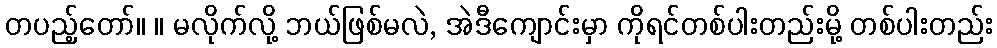
တပည့်တော်။ ။ မလိုက်လို့ ဘယ်ဖြစ်မလဲ, အဲဒီကျောင်းမှာ ကိုရင်တစ်ပါးတည်းမို့ တစ်ပါးတည်း